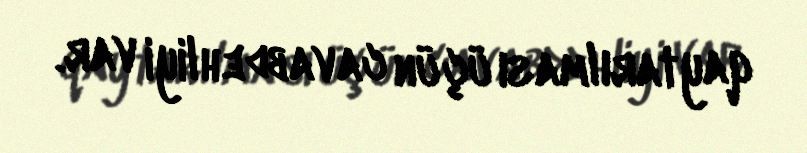
qaytarılması üçün cavabdehliyi var.